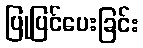
ပြုပြင်ပေးခြင်း